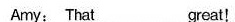
Amy: That___great!